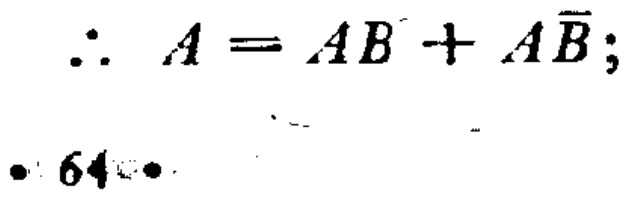
\[\therefore A = AB + A\overline{B};\]

\(\bullet\ 64\ \bullet\)